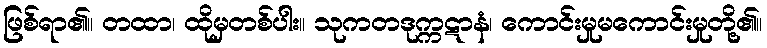
ဖြစ်ရာ၏။ တထာ၊ ထိုမှတစ်ပါး။ သုကတဒုက္ကဋာနံ၊ ကောင်းမှုမကောင်းမှုတို့၏။